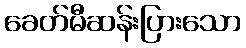
ခေတ်မီဆန်းပြားသော